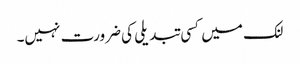
لنک میں کسی تبدیلی کی ضرورت نہیں۔